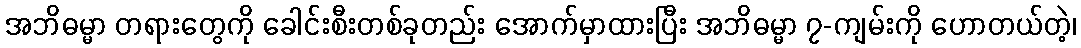
အဘိဓမ္မာ တရားတွေကို ခေါင်းစီးတစ်ခုတည်း အောက်မှာထားပြီး အဘိဓမ္မာ ၇-ကျမ်းကို ဟောတယ်တဲ့၊